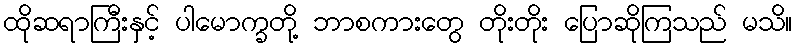
ထိုဆရာကြီးနှင့် ပါမောက္ခတို့ ဘာစကားတွေ တိုးတိုး ပြောဆိုကြသည် မသိ။